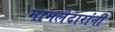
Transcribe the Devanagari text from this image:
मामलेदारांनी